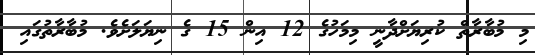
މި މުބާރާތް ކުރިޔަށްދާނީ މިމަހުގެ 12 އިން 15 ގެ ނިޔަލަށެވެ. މުބާރާތުގައި